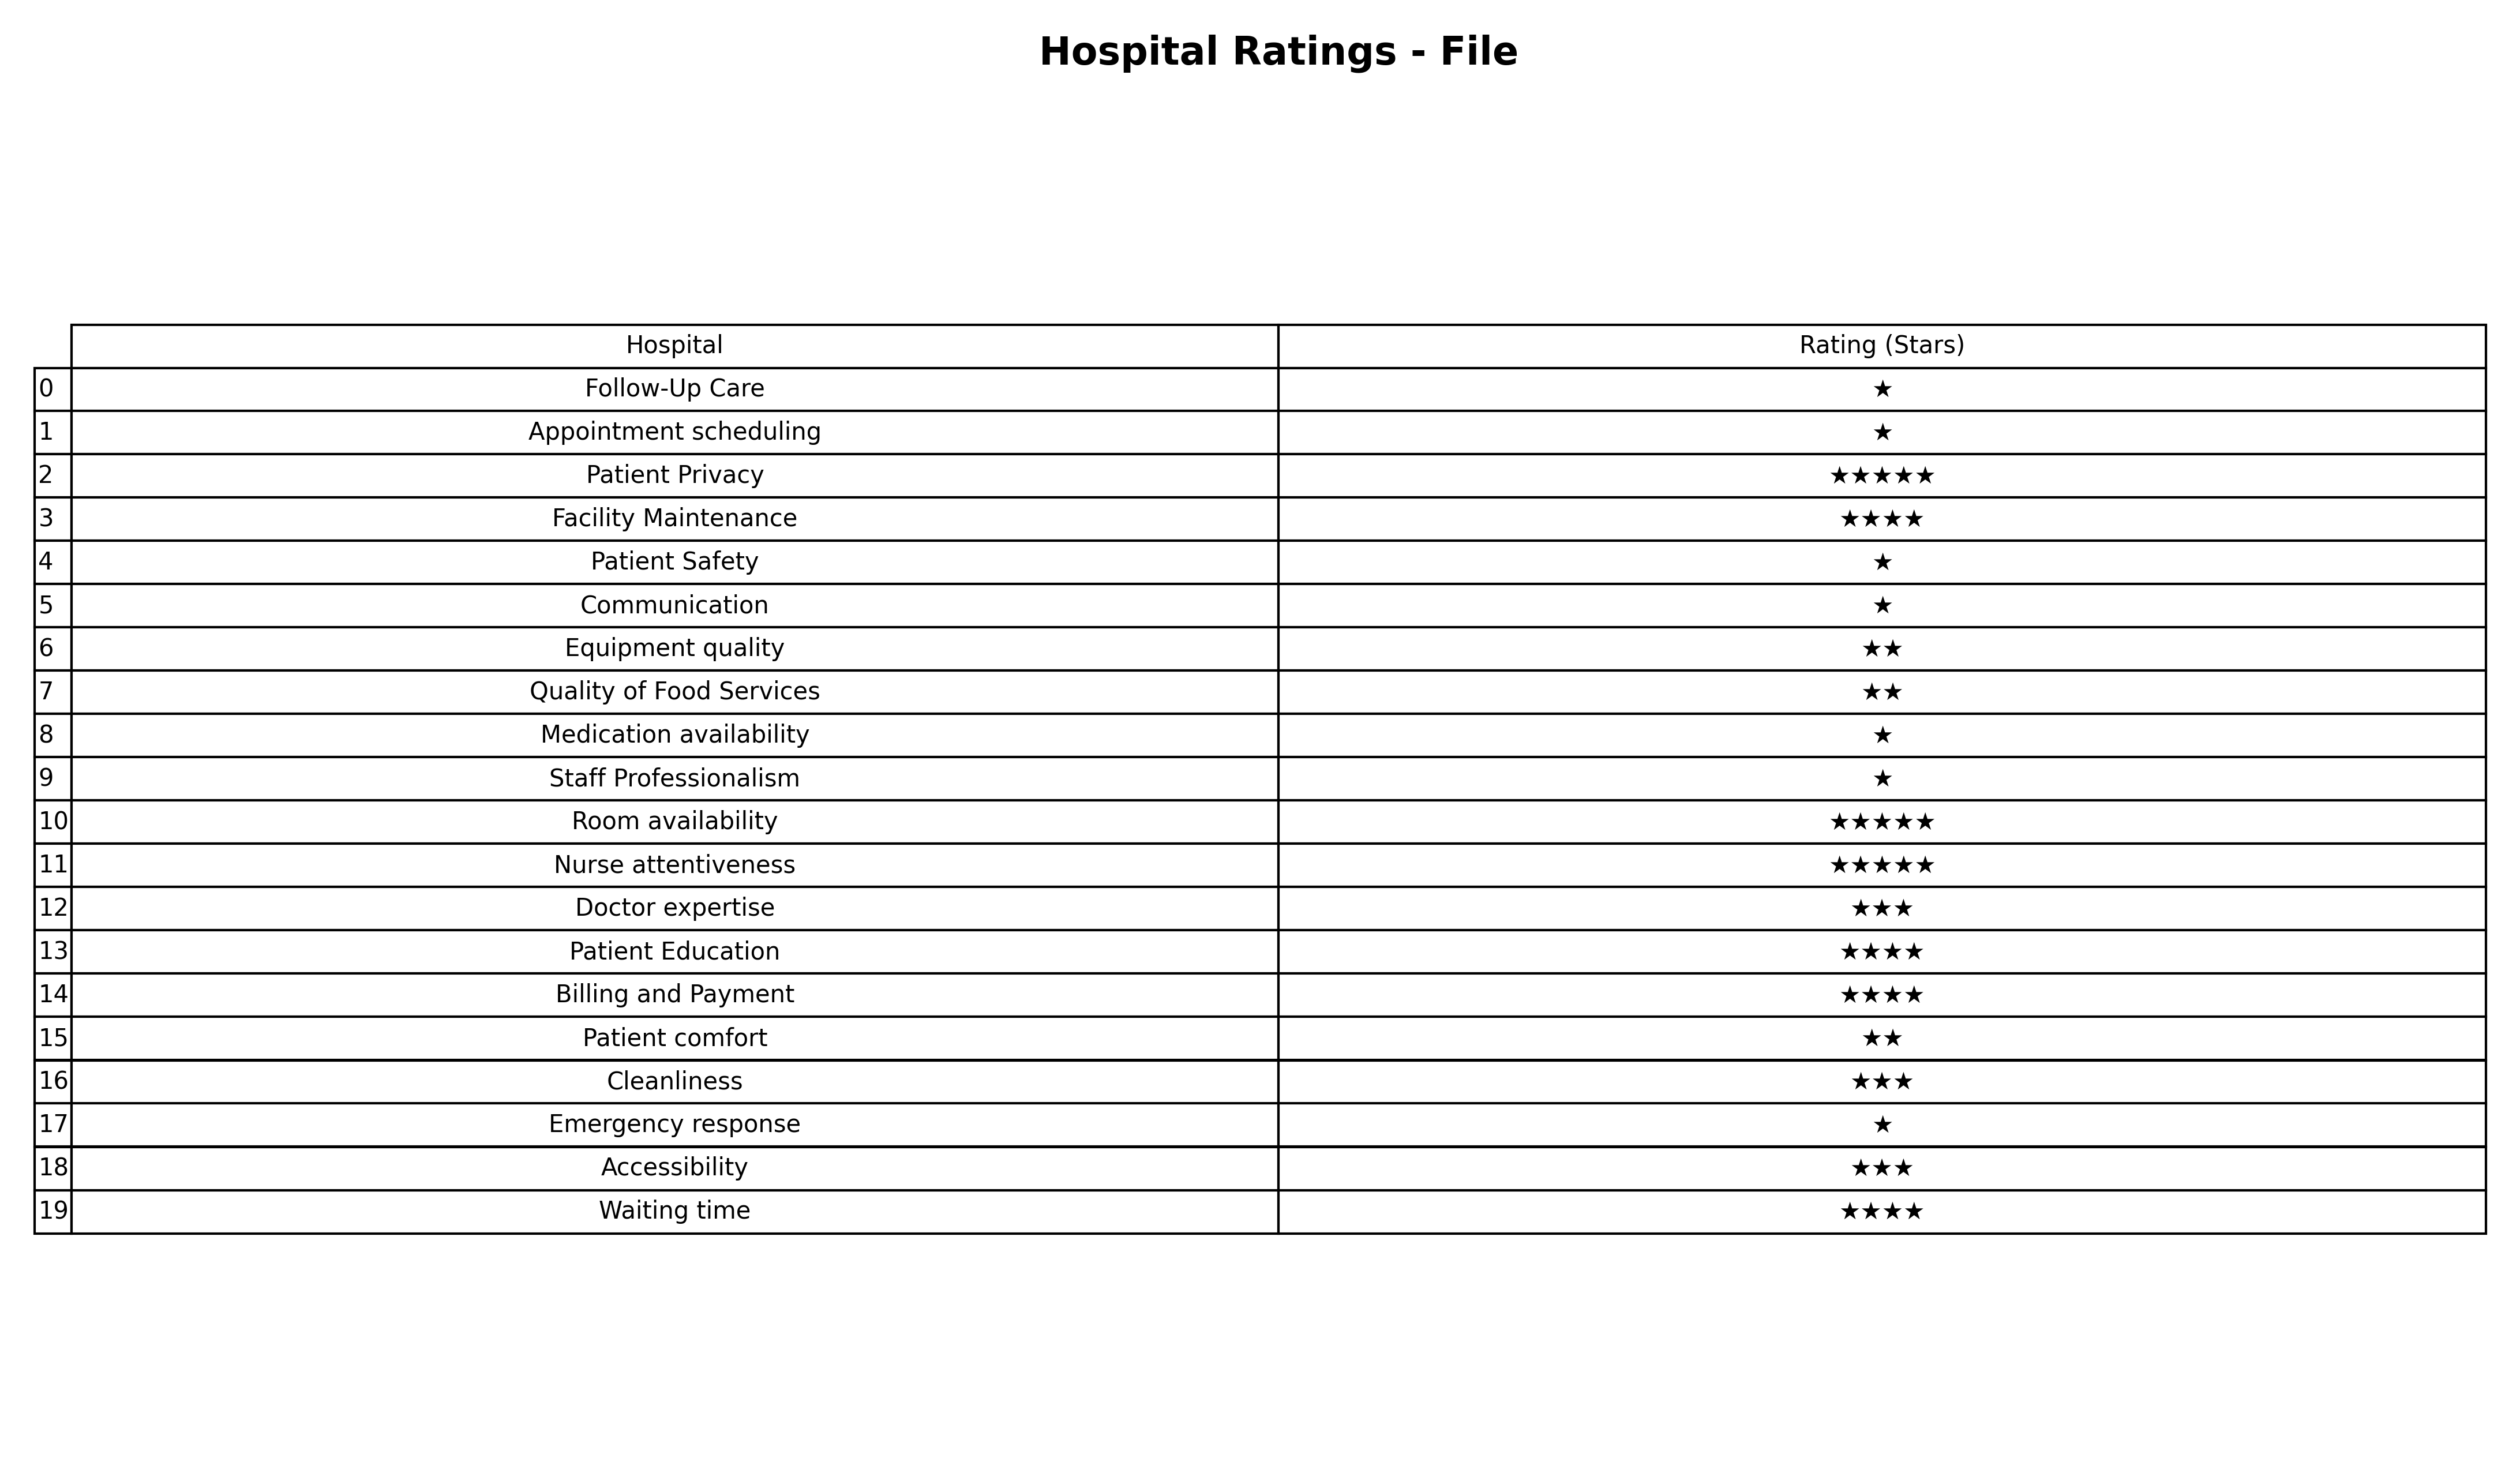
question: What are three star services?
answer: Doctor expertiseCleanlinessAccessibility